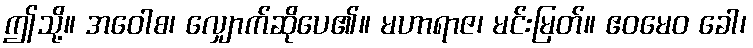
ဤသို့။ အဝေါစ၊ လျှောက်ဆိုပေ၏။ မဟာရာဇ၊ မင်းမြတ်။ ဧဝမေဝ ခေါ၊